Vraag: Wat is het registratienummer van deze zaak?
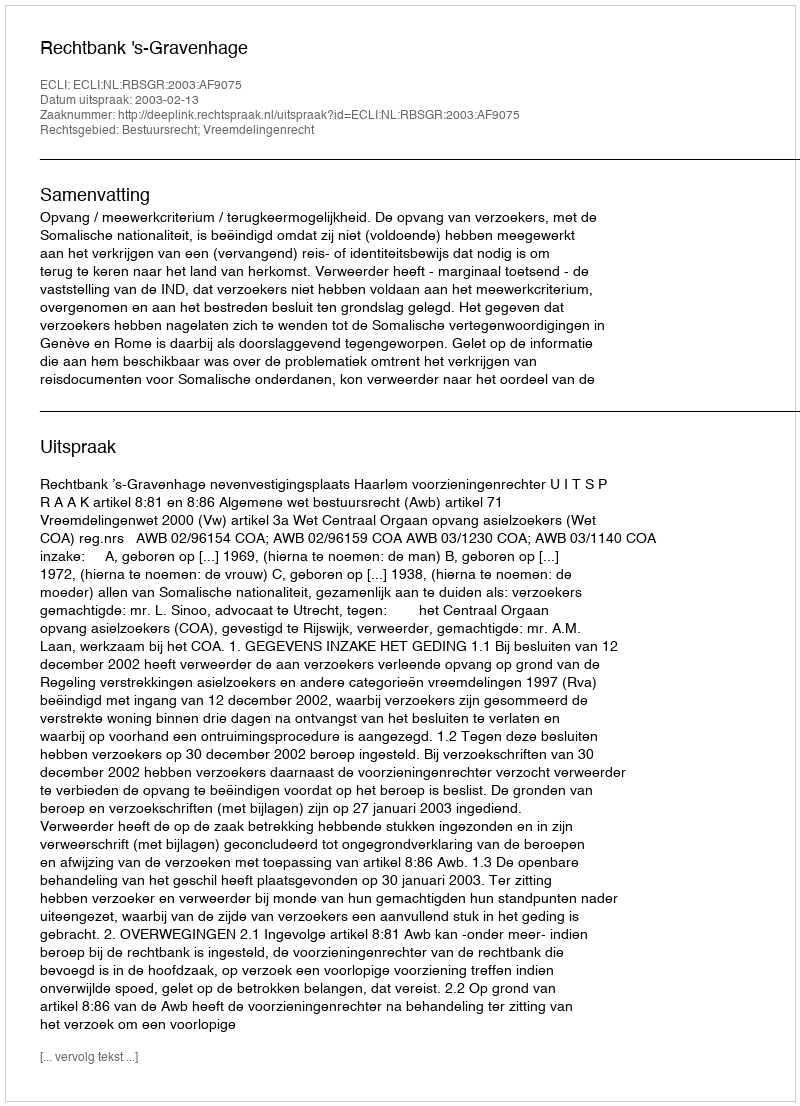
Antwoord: http://deeplink.rechtspraak.nl/uitspraak?id=ECLI:NL:RBSGR:2003:AF9075